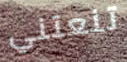
تنعتني